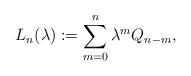
\begin{align*}L_n(\lambda):=\sum_{m=0}^n\lambda^m Q_{n-m},\end{align*}